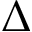
\Delta